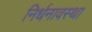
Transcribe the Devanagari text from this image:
निर्धनावस्था